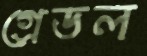
গ্রেডল